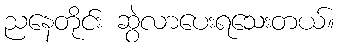
ညနေတိုင်း ဆွဲလာပေးရသေးတယ်။